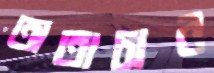
অতাচার